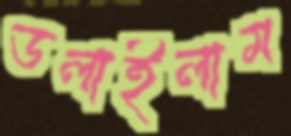
ডলাইলাম